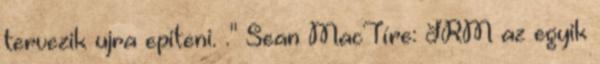
tervezik ujra epiteni. ." Sean MacTíre: JRM az egyik